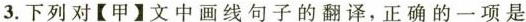
3.下列对【甲】文中画线句子的翻译，正确的一项是